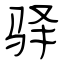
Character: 驿